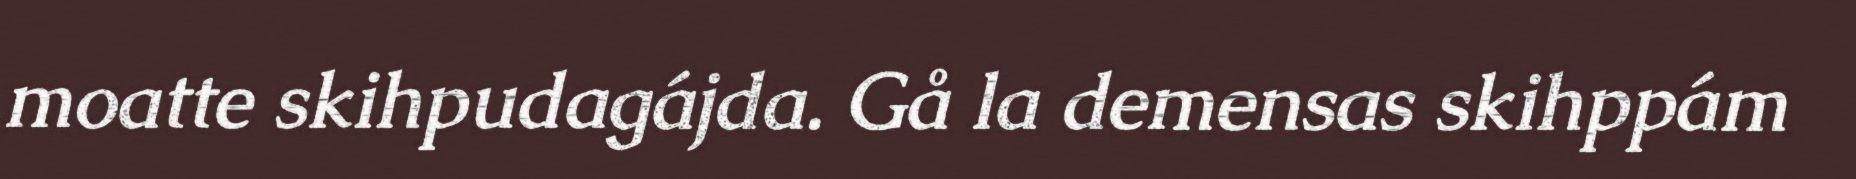
moatte skihpudagájda. Gå la demensas skihppám